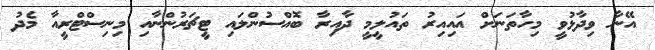
އޭނާ ވިދާޅުވީ މިހާތަނަށް އައިއިރު ތައުލީމީ ދާއިރާ ބޮއްސުންލައި ޓީޗަރުންނާއި މިނިސްޓްރީއާ މެދު